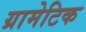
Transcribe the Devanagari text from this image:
ग्रामेटिक